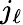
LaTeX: j_{\ell}